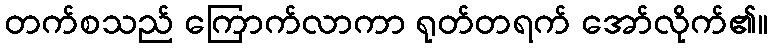
တက်စသည် ကြောက်လာကာ ရုတ်တရက် အော်လိုက်၏။